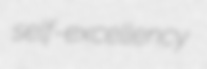
self-excellency